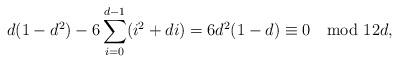
LaTeX: \begin{align*} d(1-d^2)-6\sum_{i=0}^{d-1}(i^2+di) = 6d^2(1-d) \equiv 0 \mod 12d, \end{align*}